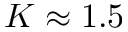
K \approx 1 . 5